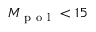
M _ { \mathrm { ~ p ~ o ~ l ~ } } < 1 5